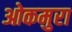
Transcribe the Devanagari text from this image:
ओकमुरा